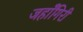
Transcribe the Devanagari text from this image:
जहाँगिरी